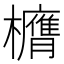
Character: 𭬶